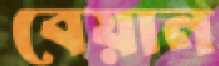
বেয়ান